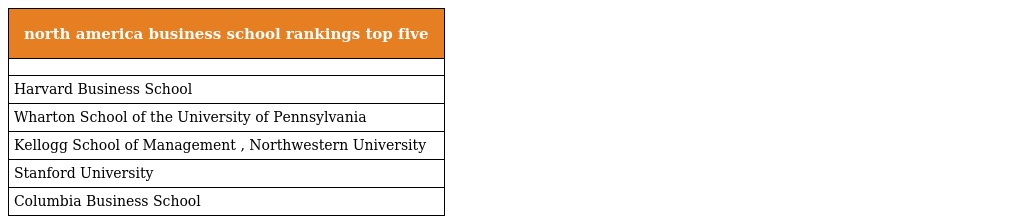
| north america business school rankings top five |
 | --- |
 |  |
 | Harvard Business School |
 | Wharton School of the University of Pennsylvania |
 | Kellogg School of Management , Northwestern University |
 | Stanford University |
 | Columbia Business School |